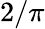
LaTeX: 2/\pi